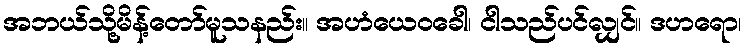
အဘယ်သို့မိန့်တော်မူသနည်း။ အဟံယေဝခေါ၊ ငါသည်ပင်လျှင်။ ဒဟရော၊